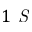
1 \textit { S }